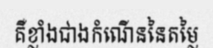
គឺខ្លាំងជាងកំណើននៃតម្លៃ